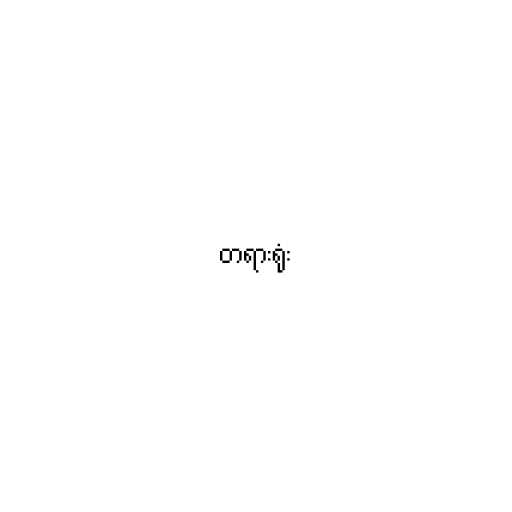
တရားရုံး